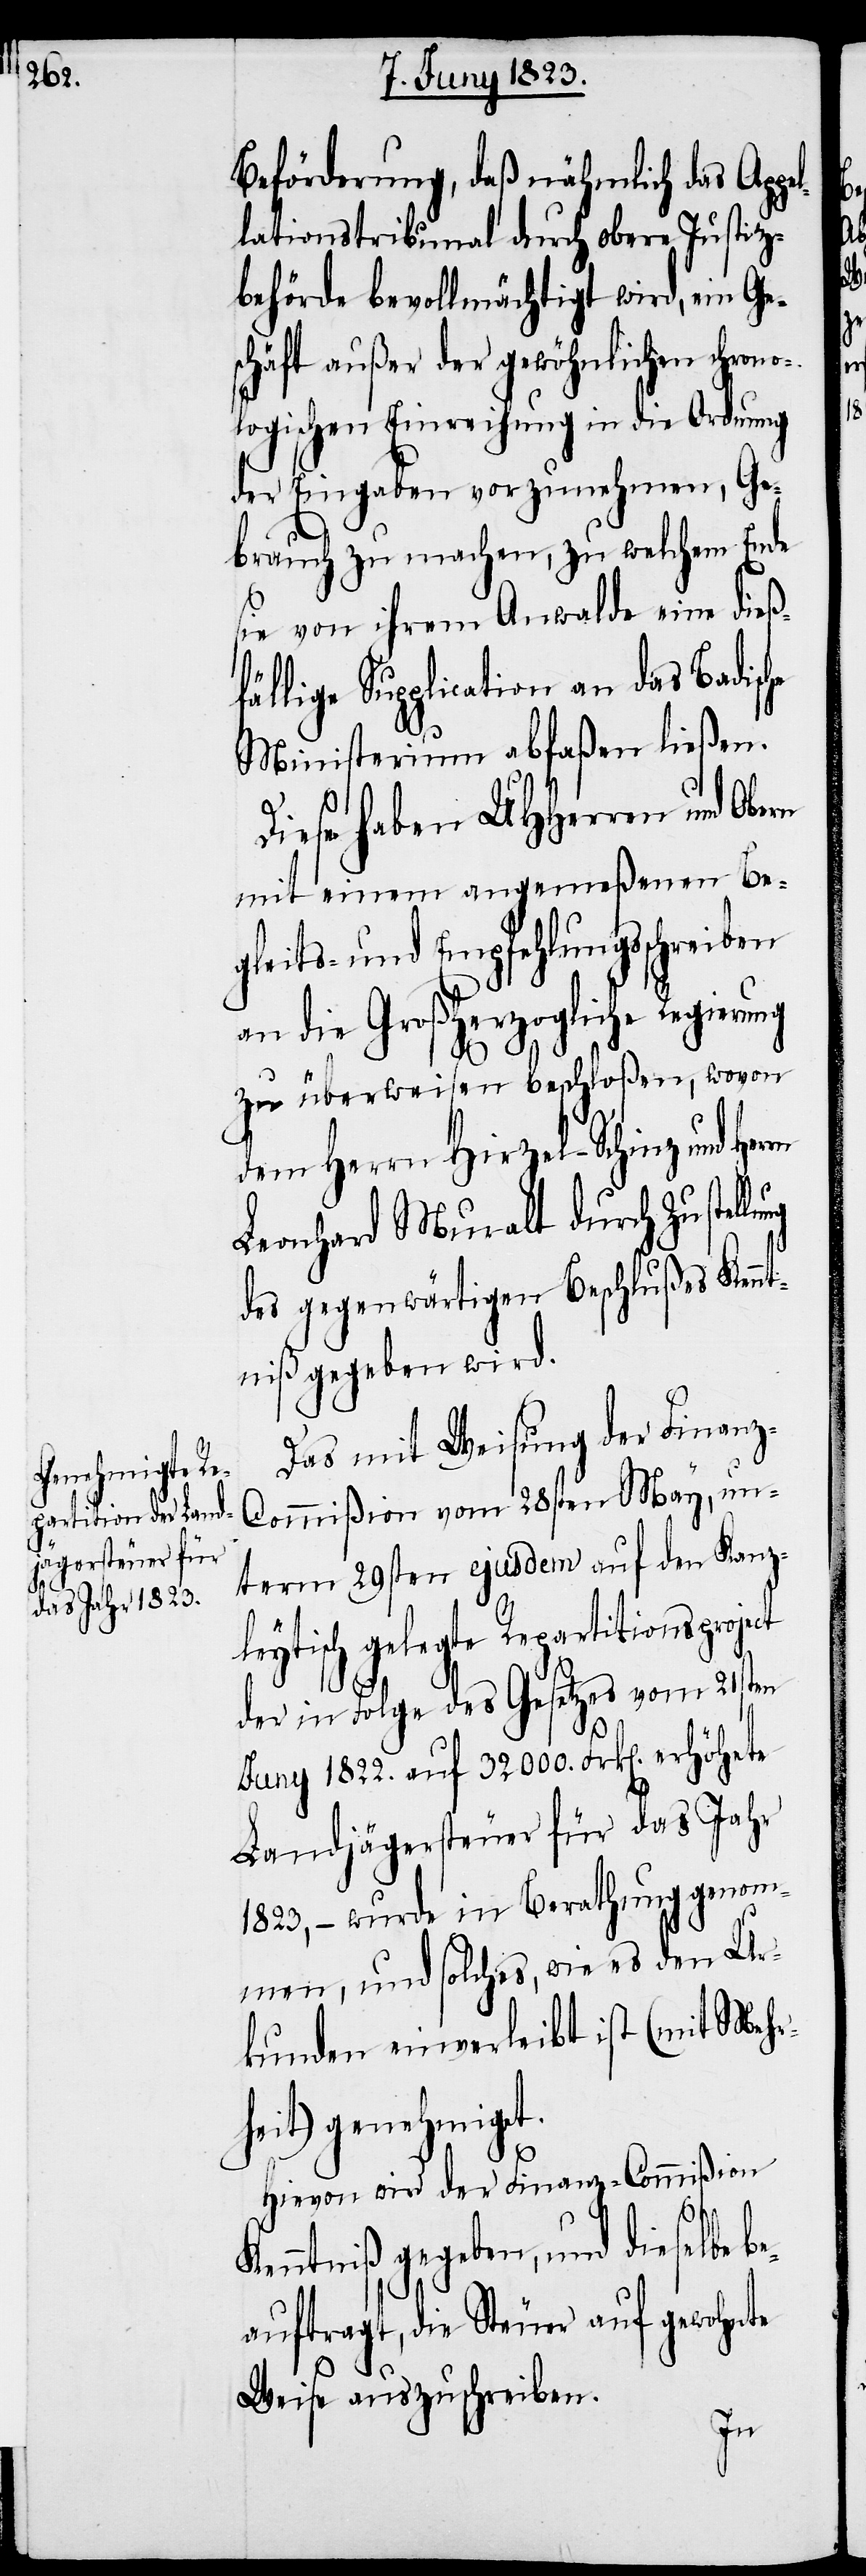
be¬

Beförderung, daß nähmlich das Ap¬
lationstribunal durch obere Justiz¬
behörde bevollmächtigt wird, ein Ge¬
schäft außer der gewöhnlichen chrono¬
logischen Einreihung in die Ordnung
der Eingaben vorzunehmen, Ge¬
brauch zu machen, zu welchem Ende
sie von ihrem Anwalde eine dieß¬
fällige Supplication an das Badisc¬
Ministerium abfaßen ließen.
Diese haben UHHerren und Obern
mit einem angemeßenen Be¬
gleits- und Empfehlungsschreiben
an die Großherzogliche Regierung
zu überweisen beschloßen, wovon
dem Herrn Hirzel-Schinz und Her¬
Leonhard Muralt durch Zustell¬
des gegenwärtigen Beschlußes Kennt¬
niß gegeben wird.
Das mit Weisung der Finanz-C¬
ommißion vom 28sten May, un¬
term 29sten ejusdem auf den Kanz¬
leytisch gelegte Repartitionsproject
der in Folge des Gesetzes vom 21sten
Juny 1822. auf 32 000. Frk[en]. erhöhete
Landjägersteuer für das Jahr
1823, – wurde in Berathung genom¬
men, und solches, wie es den Ur¬
kunden einverleibt ist (mit Mehr¬
heit) genehmiget.
Hievon wird der Finanz-Commißion
Kenntniß gegeben, und dieselbe
auftragt, die Steuer auf gewohnte
Weise auszuschreiben.
ung